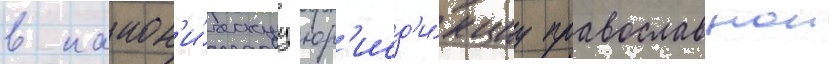
в канон'и́ческуу юр'исд'и́кциу православнои